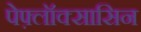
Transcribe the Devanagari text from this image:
पेफ़्लॉक्सासिन